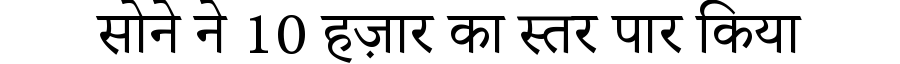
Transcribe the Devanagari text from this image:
सोने ने 10 हज़ार का स्तर पार किया